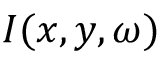
I ( x , y , \omega )